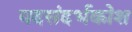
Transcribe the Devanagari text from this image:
पदसंदर्भकोश